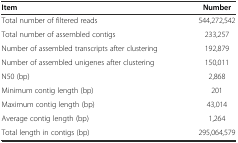
| Item | Number |
 | --- | --- |
 | Total number of filtered reads | 544,272,542 |
 | Total number of assembled contigs | 233,257 |
 | Number of assembled transcripts after clustering | 192,879 |
 | Number of assembled unigenes after clustering | 150,011 |
 | N50 (bp) | 2,868 |
 | Minimum contig length (bp) | 201 |
 | Maximum contig length (bp) | 43,014 |
 | Average contig length (bp) | 1,264 |
 | Total length in contigs (bp) | 295,064,579 |